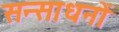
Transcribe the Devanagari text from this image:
सन्साधनों